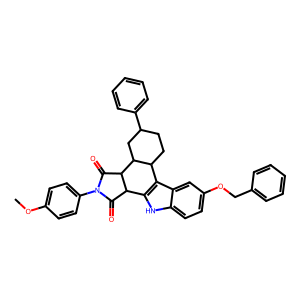
SMILES: COc1ccc(N2C(=O)C3c4[nH]c5ccc(OCc6ccccc6)cc5c4C4CCC(c5ccccc5)CC4C3C2=O)cc1
Inhibits HIV replication: No